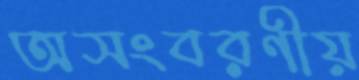
অসংবরণীয়